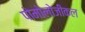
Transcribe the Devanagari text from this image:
पोमोलोजीकल